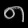
Digit: ၈